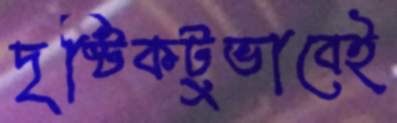
দৃষ্টিকটুভাবেই